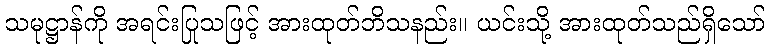
သမုဋ္ဌာန်ကို အရင်းပြုသဖြင့် အားထုတ်ဘိသနည်း။ ယင်းသို့ အားထုတ်သည်ရှိသော်